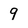
Character: 9